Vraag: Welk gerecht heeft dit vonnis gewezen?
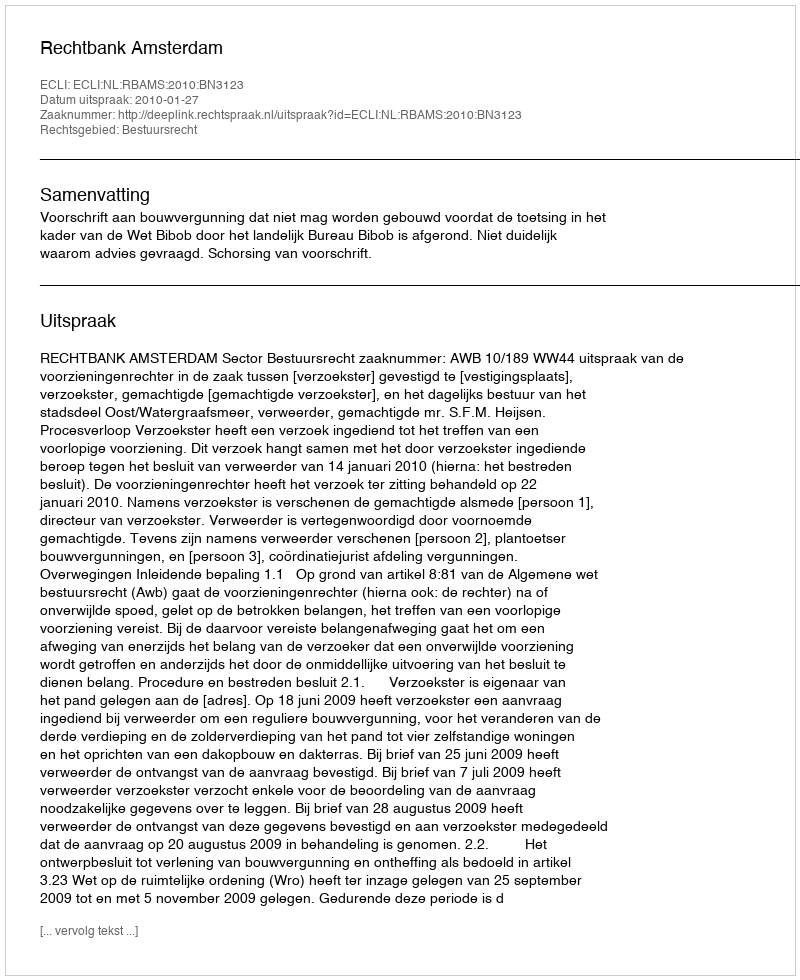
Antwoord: Rechtbank Amsterdam